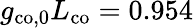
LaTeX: g_{\mathrm{co,0}}L_{\mathrm{co}}=0.954